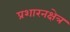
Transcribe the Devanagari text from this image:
प्रशारनक्षेत्र